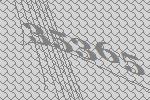
35365